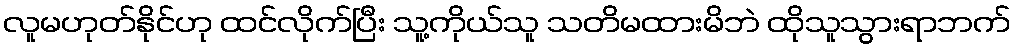
လူမဟုတ်နိုင်ဟု ထင်လိုက်ပြီး သူ့ကိုယ်သူ သတိမထားမိဘဲ ထိုသူသွားရာဘက်